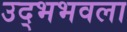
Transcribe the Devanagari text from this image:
उद्भभवला